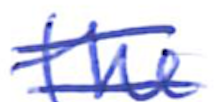
Text: the
Cross-out: double-line
Writing tool: ballpoint